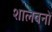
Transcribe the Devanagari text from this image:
शालवनों